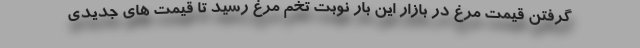
گرفتن قیمت مرغ در بازار این بار نوبت تخم مرغ رسید تا قیمت های جدیدی